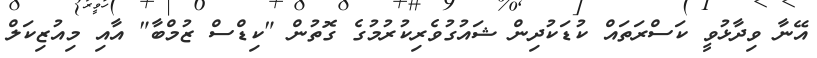
އޭނާ ވިދާޅުވީ ކަސްރަތައް ކުޑަކުދިން ޝައުގުވެރިކުރުމުގެ ގޮތުން "ކިޑްސް ޒުމްބާ" އާއި މިއުޒިކަލް